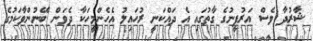
ޝާރުދާ ވެސް އަރުފީނުގެ ގާތުގައި އެ ދައްކަނީ ރުހައިލު އެހެންމީހަކާ ދެވަން ބޭނުންވާކަމުގެ